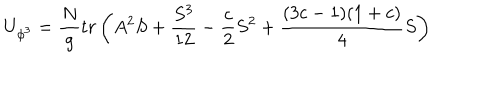
U _ { \phi ^ { 3 } } = { \frac { N } { g } } t r \left( A ^ { 2 } S + { \frac { S ^ { 3 } } { 1 2 } } - { \frac { c } { 2 } } S ^ { 2 } + { \frac { ( 3 c - 1 ) ( 1 + c ) } { 4 } } S \right)